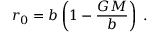
r _ { 0 } = b \left( 1 - \frac { G M } { b } \right) \; .